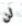
لن